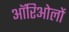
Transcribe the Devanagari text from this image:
ऑरिओलों